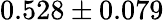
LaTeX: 0.528\pm 0.079